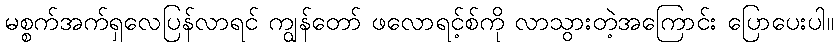
မစ္စက်အက်ရှလေပြန်လာရင် ကျွန်တော် ဖလောရင့်စ်ကို လာသွားတဲ့အကြောင်း ပြောပေးပါ။